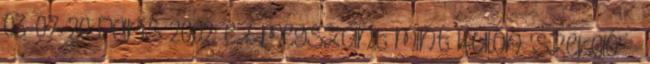
03-07-20 Paris 2002: ez megszűnt mint külön 'szekció' »